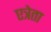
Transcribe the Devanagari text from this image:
एत्रेता